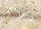
حارسه